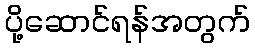
ပို့ဆောင်ရန်အတွက်